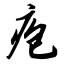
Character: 疱